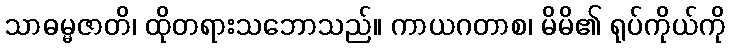
သာဓမ္မဇာတိ၊ ထိုတရားသဘောသည်။ ကာယဂတာစ၊ မိမိ၏ ရုပ်ကိုယ်ကို